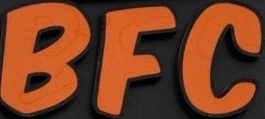
BFC